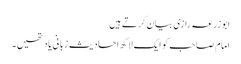
ابوزرعہ رازی بیان کرتے ہیں
امام صاحب کو ایک لاکھ احادیث زبانی یاد تھیں۔